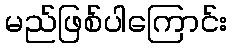
မည်ဖြစ်ပါကြောင်း